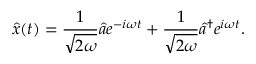
{ \hat { x } } ( t ) = { \frac { 1 } { \sqrt { 2 \omega } } } { \hat { a } } e ^ { - i \omega t } + { \frac { 1 } { \sqrt { 2 \omega } } } { \hat { a } } ^ { \dagger } e ^ { i \omega t } .